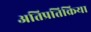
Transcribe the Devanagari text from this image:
अतिप्रतिक्रिया